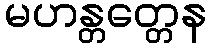
မဟန္တတ္တေန